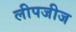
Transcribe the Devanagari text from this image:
लीपजीज